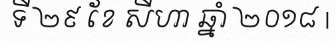
ទី ២៩ ខែ សីហា ឆ្នាំ ២០១៨ |